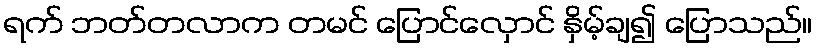
ရက် ဘတ်တလာက တမင် ပြောင်လှောင် နှိမ့်ချ၍ ပြောသည်။